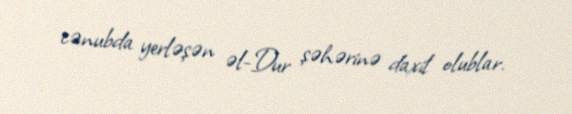
cənubda yerləşən əl-Dur şəhərinə daxil olublar.